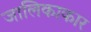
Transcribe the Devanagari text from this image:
जालिकाकार